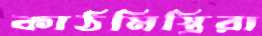
কাঠমিস্ত্রিরা